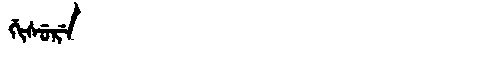
Manchu: ᡤᡳᠰᡠᡵᡝ
Romanization: GISURE